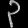
Digit: ၃